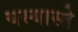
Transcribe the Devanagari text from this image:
यस्यास्ते